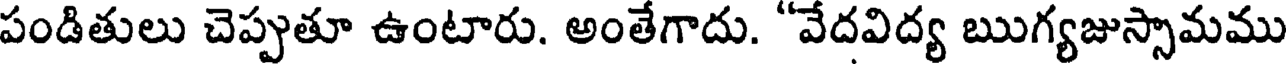
పండితులు చెప్పుతూ ఉంటారు. అంతేగాదు. "వేదవిద్య ఋగ్యజుస్సామము